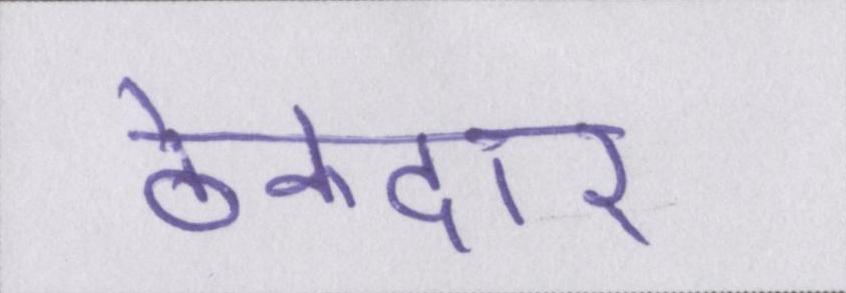
ठेकेदार